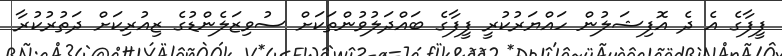
ފީފާގެ އެ ދެ އޮފިޝަލުން ހައްޔަރުކުރީ ފީފާގެ ބައްދަލުވުންތަކަށް ސުވިޒަލެންޑުގެ ޒިއުރިކަށް ދަތުރުކުރާ